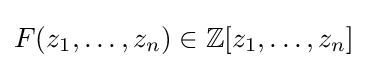
F(z_{1},\dots ,z_{n})\in \mathbb {Z} [z_{1},\ldots ,z_{n}]